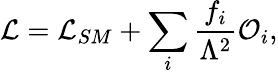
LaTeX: {\cal L}={\cal L}_{SM}+\sum_{i}{\frac{f_{i}}{\Lambda^{2}}}{\cal O}_{i},